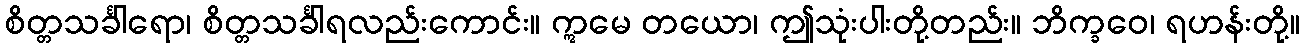
စိတ္တသင်္ခါရော၊ စိတ္တသင်္ခါရလည်းကောင်း။ ဣမေ တယော၊ ဤသုံးပါးတို့တည်း။ ဘိက္ခဝေ၊ ရဟန်းတို့။